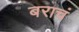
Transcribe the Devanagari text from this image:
बराचं